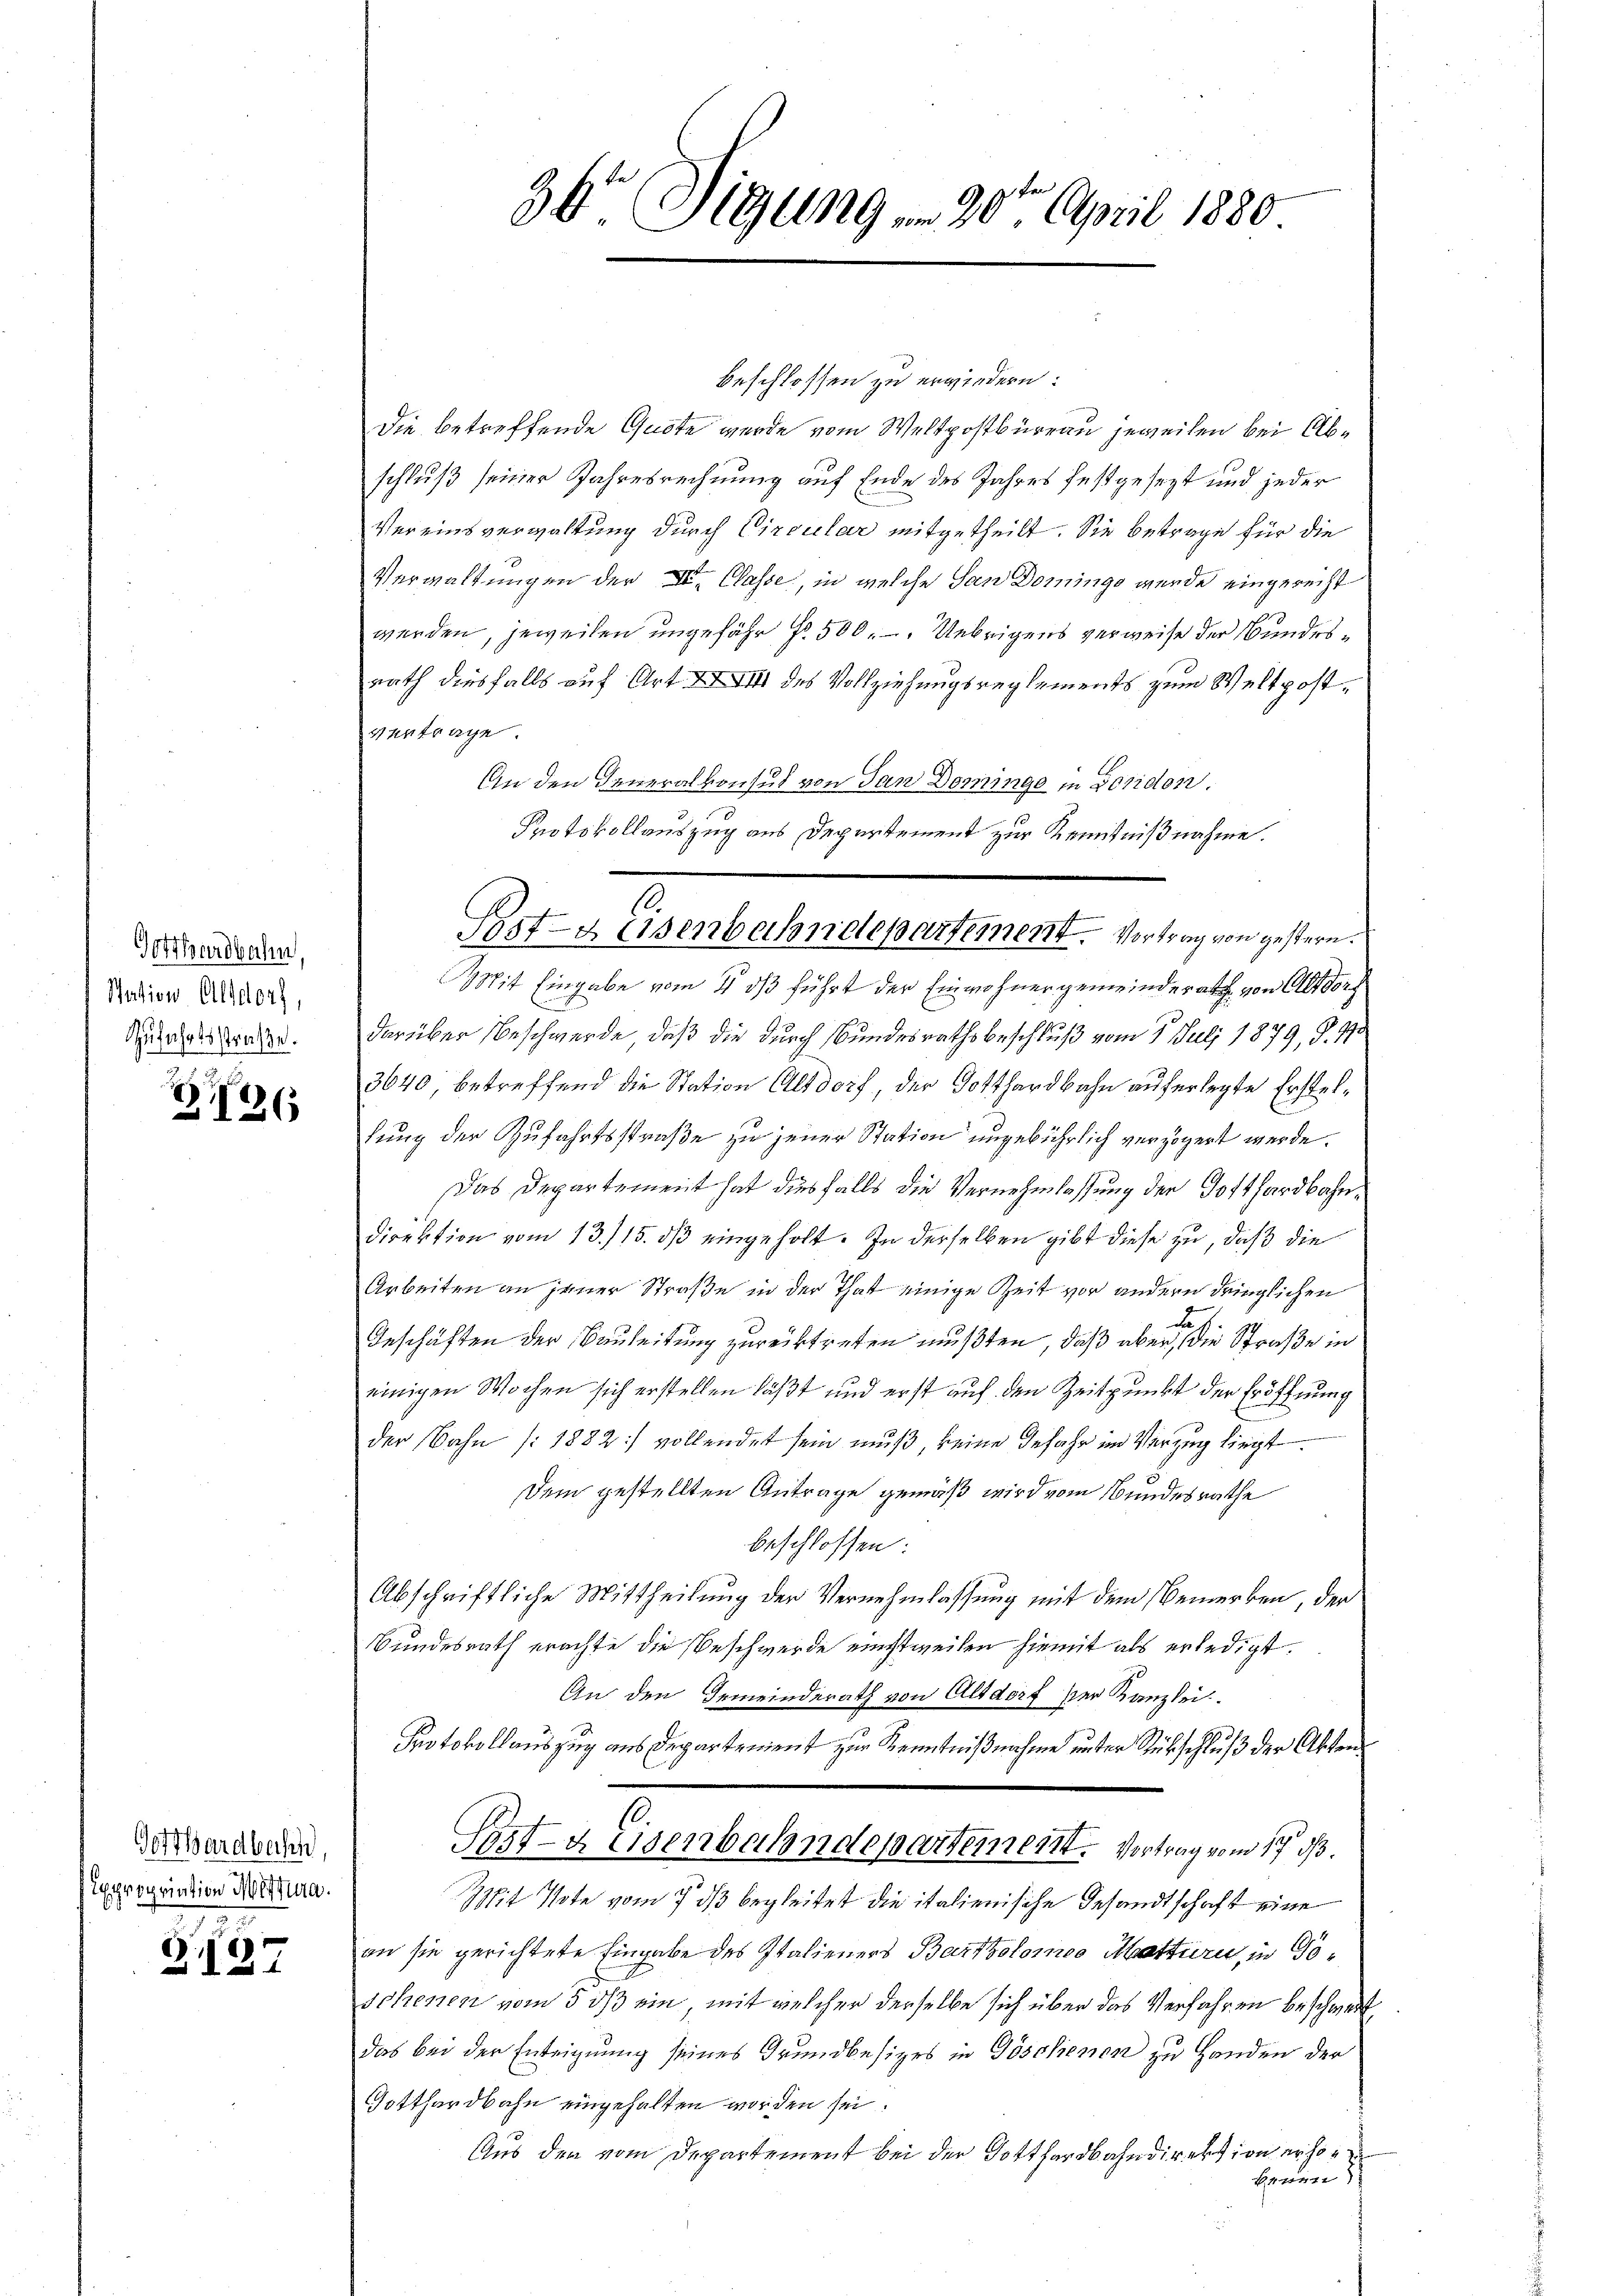
Gotthardbahn,
Nation Altdorf,
Zufahrtsstraße.

B126

Gotthardbahn,
Expropriation Mittura.

Z.127

36 Tigung  20t April 1880

beschlossen zu erwiedern:
Die betreffende Gute wurde vom Weltpostbüreau jeweilen bei Abschluß seiner Jahresrechnung auf Ende des Jahres festgesezt und jeder
Vereinsverwaltung durch Circular mitgetheilt. Sie betrage für die
Verwaltungen der II. Classe, in welche San Domingo wurde eingerecht
werden, jeweilen ungefähr fr. 500. Uebrigens verweise der Bundesrath diesfalls auf Art. XXVIII des Vollziehungsreglements zum Weltpostvertrage.
An den Generalkonsul von San Dominge in Gosidon.
Protokollauszug aus Departement zur Kenntnißnahme.
Mit Eingabe vom 4. ds führt der Einwohnergemeinderath von Altdorf
darüber Beschwerde, daß die durch Bundesrathsbeschluß vom 1. Juli 1879, S. 793.
3640, betreffend die Station Altdorf der Gotthardbahn auferlegte Erstellung der Zufahrtsstraße zu jener Station ungebührlich verzögert werde.
Das Departement hat diesfalls die Vernehmlassung der Gotthardbahndirektion vom 13./15. dβ eingeholt. In derselben gibt diese zu, daß die
Arbeiten an jener Straße in der That einige Zeit vor andern dringlichen
27
Geschäften der Bauleitung zurücktreten mußten, daß aber, die Straße in
einigen Wochen sich erstellen läßt und erst auf den Zeitpunkt der Eröffnung
der Bahn (: 1882:/ vollendet sein muß, keine Gefahr im Verzug liegt
Dem gestellten Antrage gemäß wird vom Bundesrathe
beschlossen:
Abschriftliche Mittheilung der Vernehmlassung mit dem Bemerken, der
Bundesrath erachte die Beschwerde einstweilen hiemit als erledigt.
An den Gemeinderath von Altdorf der Kanzlei.
Protokollauszug aus Departement zur Kenntnißnahme unter Rückschluß der Akten¬
Post- & Eisenbahndepartement. Vortrag vom 17. d.
Mit Pote vom 7. ds begleitet die italienische Gesandtschaft eine
an sie gerichtete Eingabe des Italieners Bartholomeo Matturi, in Goschenen vom 5 ds ein mit welcher derselbe sich über das Verfahren beschwert
Das bei der Enteignung seines Grundbesizes in Göschenen zu Handen der
Gotthardbahn eingehalten worden sei.
Aus den vom Departement bei der Gotthardbahndirektion erhobrin

Post- & Eisenbahndepartement. Vortrag von gestern.